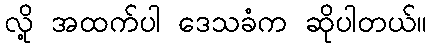
လို့ အထက်ပါ ဒေသခံက ဆိုပါတယ်။